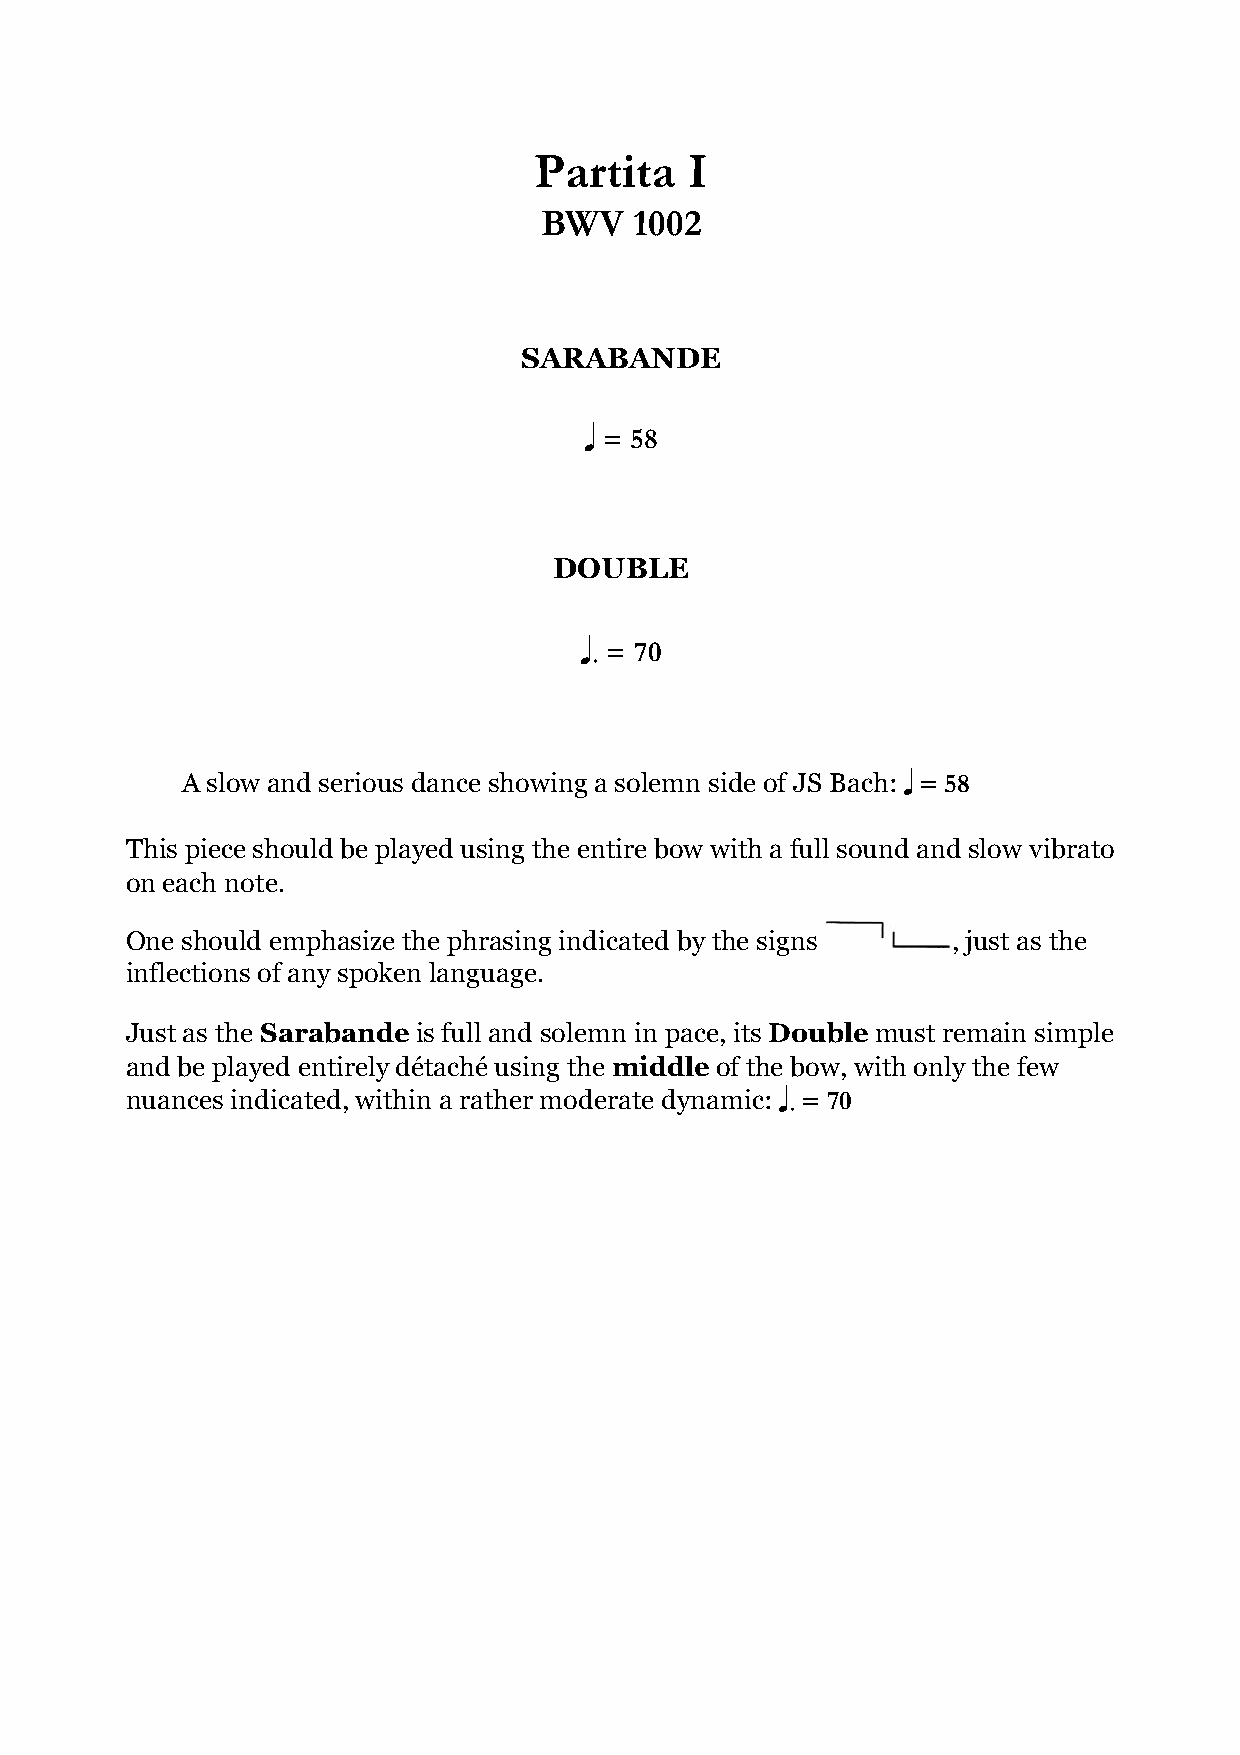
Partita    I
 BWV   1002
 SARABANDE
 = 58
 q
 DOUBLE
 = 70
 q .
 A slow and serious dance showing a solemn side of JS Bach: = 58
 q
 This piece should be played using the entire bow with a full sound and slow vibrato
 on each note.
 One should emphasize the phrasing indicated by the signs , just as the
 inflections of any spoken language.
 Just as the Sarabande is full and solemn in pace, its Double must remain simple
 and be played entirely détaché using the middle of the bow, with only the few
 nuances indicated, within a rather moderate dynamic: = 70
 q .